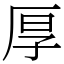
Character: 厚